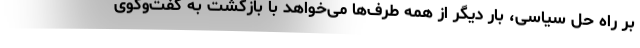
بر راه حل سیاسی، بار دیگر از همه طرف‌ها می‌خواهد با بازگشت به گفت‌وگوی